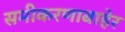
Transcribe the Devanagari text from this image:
समीकरणाबाहेर